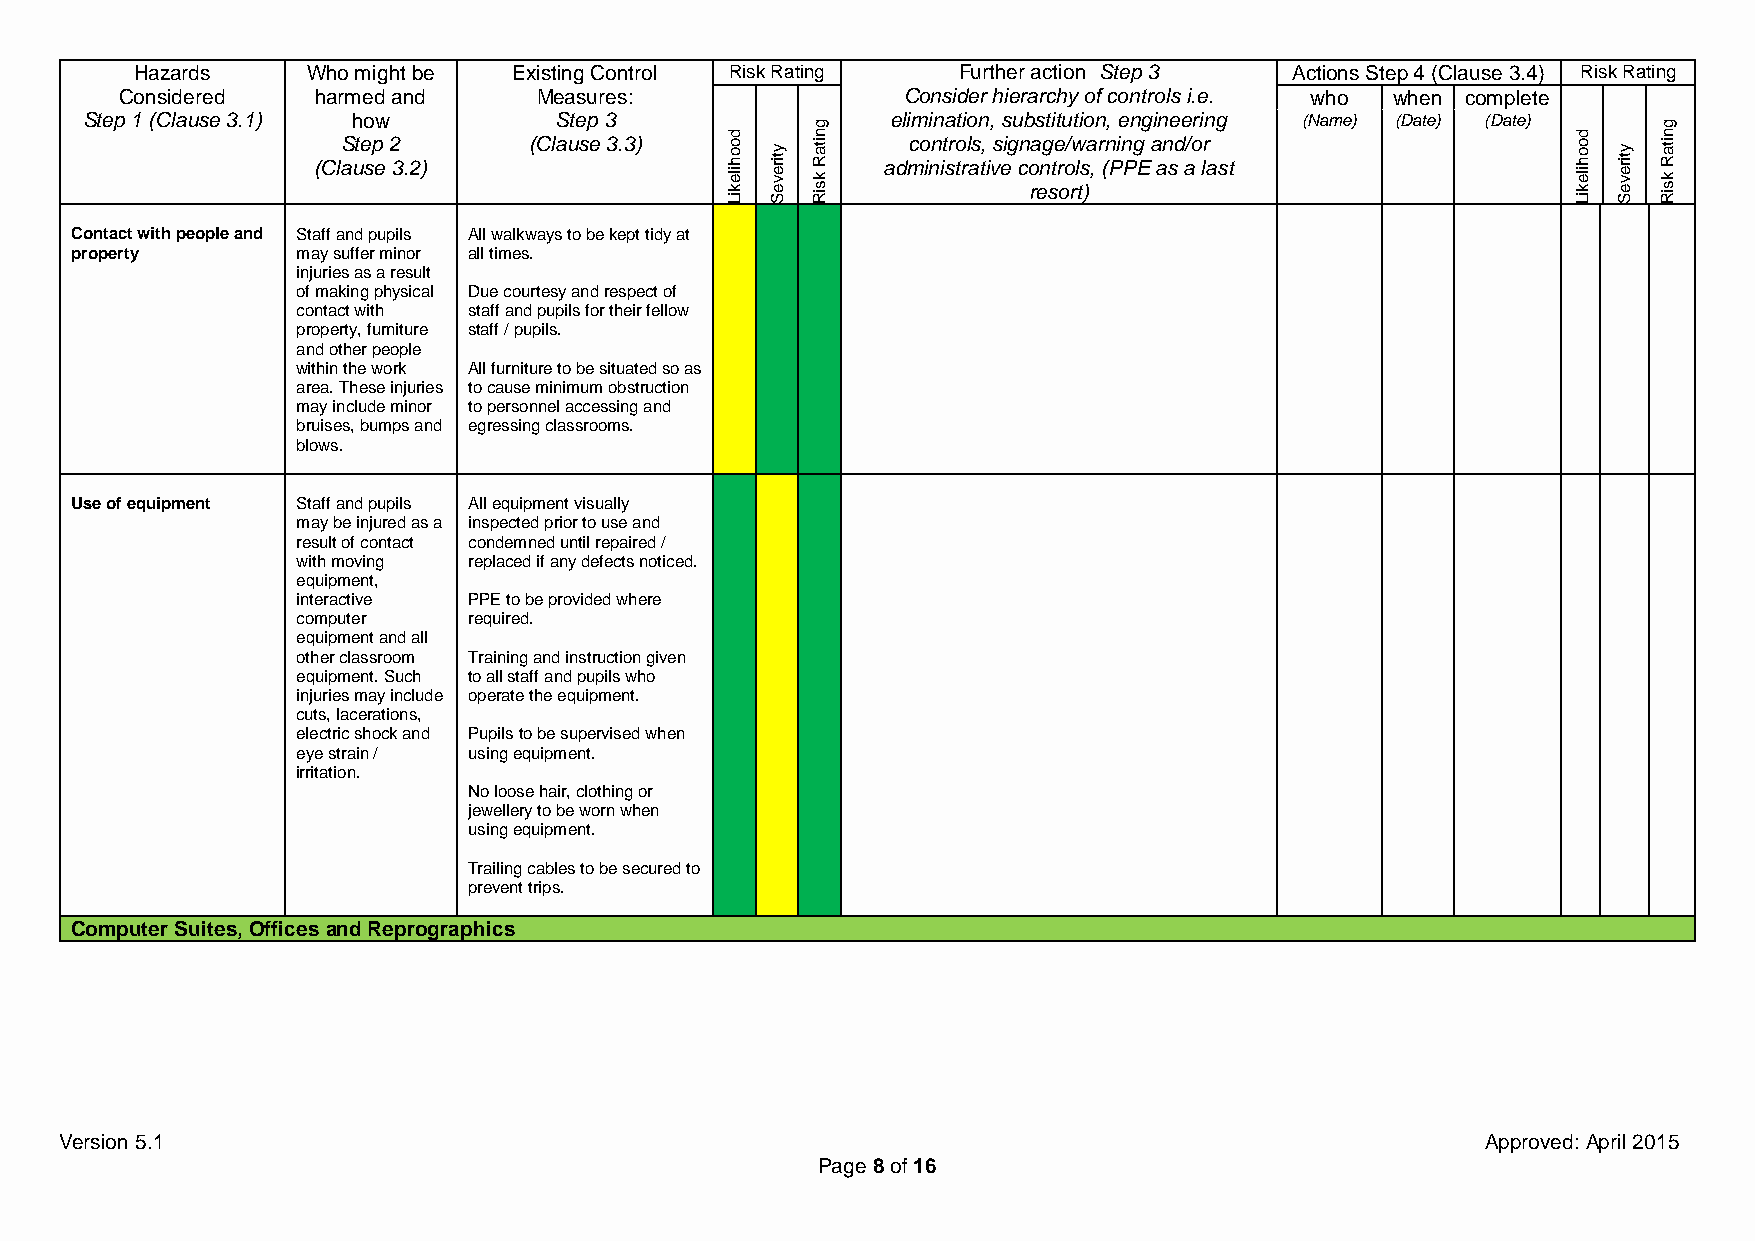
Hazards    Who might be  Existing Control Risk Rating Further action Step 3  Actions Step 4 (Clause 3.4) Risk Rating
 Considered   harmed and     Measures:               Consider hierarchy of controls i.e. who when complete
 Step 1 (Clause 3.1) (ClaSh uteo
 sp
 ew
 2
 3 .2)
 (ClaS ute sp
 e
 3
 3 .3)
 Likelihood
 Severity
 Risk
 Rating ae dl mi cm
 o
 ini nn
 it
 sa
 ro
 tt ri lo asn
 t,
 i
 v,
 s
 es
 ig
 u cnb
 o
 ras engt sti et
 r
 ou
 o/
 rwt
 l
 ti
 s
 )o
 a
 ,n
 r
 (n,
 P
 ie
 n
 Pn
 g
 Eg
 a
 i an
 n
 se
 d
 e a/or i lrn
 a
 g
 s t
 (Name) (Date) (Date)
 Likelihood
 Severity
 Risk
 Rating
 Contact with people and Staff and pupils All walkways to be kept tidy at
 property       may suffer minor all times.
 injuries as a result
 of making physical Due courtesy and respect of
 contact with staff and pupils for their fellow
 property, furniture staff / pupils.
 and other people
 within the work All furniture to be situated so as
 area. These injuries to cause minimum obstruction
 may include minor to personnel accessing and
 bruises, bumps and egressing classrooms.
 blows.
 Use of equipment Staff and pupils All equipment visually
 may be injured as a inspected prior to use and
 result of contact condemned until repaired /
 with moving replaced if any defects noticed.
 equipment,
 interactive PPE to be provided where
 computer   required.
 equipment and all
 other classroom Training and instruction given
 equipment. Such to all staff and pupils who
 injuries may include operate the equipment.
 cuts, lacerations,
 electric shock and Pupils to be supervised when
 eye strain / using equipment.
 irritation.
 No loose hair, clothing or
 jewellery to be worn when
 using equipment.
 Trailing cables to be secured to
 prevent trips.
 Computer Suites, Offices and Reprographics
 Version 5.1                                                                                   Approved: April 2015
 Page 8 of 16